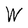
Character: W